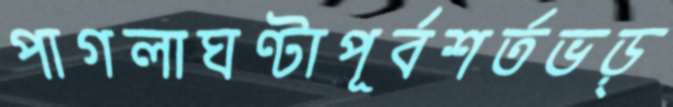
পাগলাঘণ্টাপূর্বশর্তভড়্